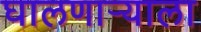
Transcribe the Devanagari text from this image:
घालणार्‍याला